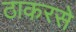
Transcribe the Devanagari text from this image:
ठाकरसे